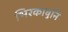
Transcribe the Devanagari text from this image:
भिरकावुनि